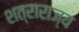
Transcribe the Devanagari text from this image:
शत्राराज्य